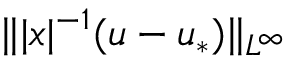
\Vert | x | ^ { - 1 } ( u - u _ { * } ) \Vert _ { L ^ { \infty } }